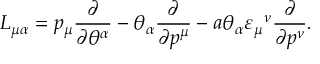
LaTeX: L _ { \mu \alpha } = p _ { \mu } \frac { \partial } { \partial \theta ^ { \alpha } } - \theta _ { \alpha } \frac { \partial } { \partial p ^ { \mu } } - a \theta _ { \alpha } \varepsilon _ { \mu } { } ^ { \nu } \frac { \partial } { \partial p ^ { \nu } } . \,